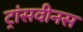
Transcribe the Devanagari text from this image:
ट्रांसवीनस